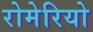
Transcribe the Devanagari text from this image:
रोमेरियो